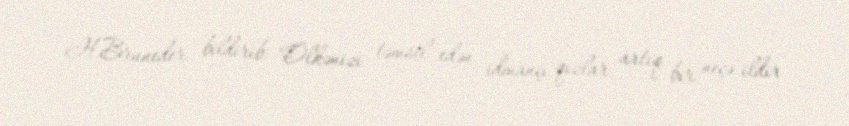
H.Bruneder bildirib: "Ölkənizi təmsil edən idmançı qızlar artıq bir neçə ildir